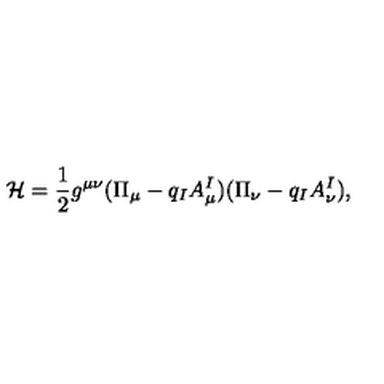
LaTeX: \mathcal { H } = \frac 1 2 g ^ { \mu \nu } ( \Pi _ { \mu } - q _ { I } A _ { \mu } ^ { I } ) ( \Pi _ { \nu } - q _ { I } A _ { \nu } ^ { I } ) ,